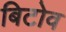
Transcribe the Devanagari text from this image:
बिटोव